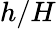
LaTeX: h/H